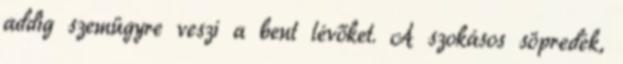
addig szemügyre veszi a bent lévőket. A szokásos söpredék,